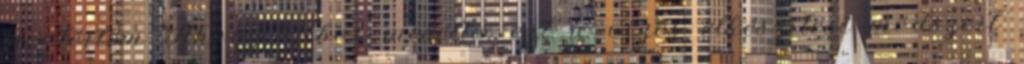
megtértem Ahogy Tibor mesélte, ezt a vizes elkészítési módszert